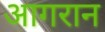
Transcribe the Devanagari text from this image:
आगरान